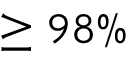
\ge 9 8 \%